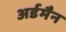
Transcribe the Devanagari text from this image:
अर्डमैन